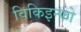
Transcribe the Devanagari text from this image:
विकिइन्फो